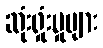
ဆုံးရှုံးမှုများ